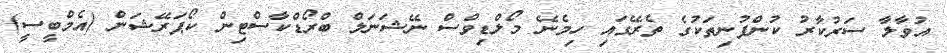
އުވާލާ ސަރުކާރު ކުންފުނިތަކުގެ ތެރޭގައި ހިމެނޭ މޯލްޑިވްސް ނޭޝަނަލް ބްރޯޑްކާސްޓިން ކޯޕަރޭޝަން (އެމްބީސީ)